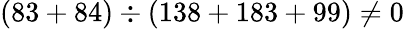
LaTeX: (83+84)\div(138+183+99)\neq 0